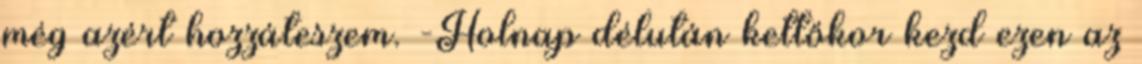
még azért hozzáteszem. -Holnap délután kettőkor kezd ezen az